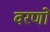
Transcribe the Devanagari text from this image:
वरणों